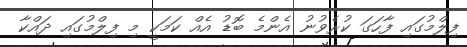
ފިލްމުގައި ފާހަގަ ކުރެވުނު އެންމެ ބޮޑު އެއް ކަމަކީ މި ފިލްމުގައި ދައްކާ